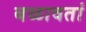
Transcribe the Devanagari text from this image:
बळावतां